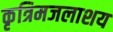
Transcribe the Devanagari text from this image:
कृत्रिमजलाशय